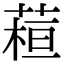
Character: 𦶙